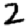
Digit: 2